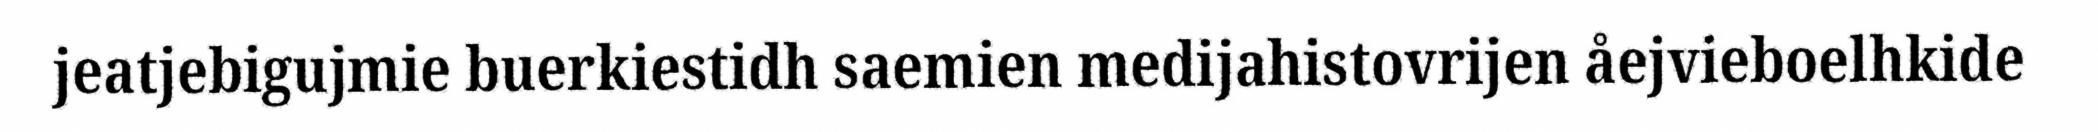
jeatjebigujmie buerkiestidh saemien medijahistovrijen åejvieboelhkide